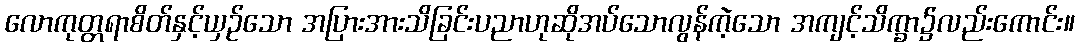
လောကုတ္တရာစိတ်နှင့်ယှဉ်သော အပြားအားသိခြင်းပညာဟုဆိုအပ်သောလွန်ကဲ့သော အကျင့်သိက္ခာ၌လည်းကောင်း။